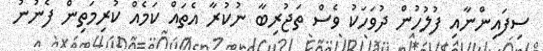
ސިފައިންނާއި ފުލުހުން ދުވަހަކު ވެސް ތަޖުރިބާ ނުކުރާ އެތައް ކަމެއް ކުރިމަތިން ފެނުނު